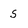
Character: 5